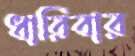
ধারিবার